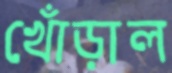
খোঁড়াল